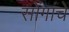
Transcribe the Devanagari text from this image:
सोंगांचे